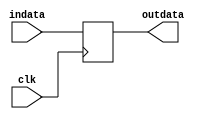
//
// Delay a signal by one clock...
//
module dly_signal #(
  parameter WIDTH = 1
)(
  input  wire             clk,
  input  wire [WIDTH-1:0] indata,
  output reg  [WIDTH-1:0] outdata
);
  always @(posedge clk) outdata <= indata;
endmodule

//
// Delay & Synchronizer pipelines...
//
module pipeline_stall #(
  parameter WIDTH = 1,
  parameter DELAY = 1
)(
  input  wire             clk,
  input  wire             reset,
  input  wire [WIDTH-1:0] datain,
  output wire [WIDTH-1:0] dataout
);
  reg [(WIDTH*DELAY)-1:0] dly_datain = 0;
  assign dataout = dly_datain[(WIDTH*DELAY)-1 : WIDTH*(DELAY-1)];
  always @ (posedge clk, posedge reset)
  if (reset) dly_datain <= 0;
  else       dly_datain <= {dly_datain, datain};
endmodule

//
// Two back to back flop's.  A full synchronizer (which XISE 
// will convert into a nice shift register using a single LUT)
// to sample asynchronous signals safely.
//
module full_synchronizer #(
  parameter WIDTH = 1
)(
  input  wire             clk,
  input  wire             reset,
  input  wire [WIDTH-1:0] datain,
  output wire [WIDTH-1:0] dataout
);
  pipeline_stall #(WIDTH,2) sync (clk, reset, datain, dataout);
endmodule

//
// Create a stretched synchronized reset pulse...
//
module reset_sync (
  input  wire clk,
  input  wire hardreset,
  output wire reset
);

reg [3:0] reset_reg = 4'hF;
assign reset = reset_reg[3];

always @ (posedge clk, posedge hardreset)
if (hardreset) reset_reg <= 4'hF;
else           reset_reg <= {reset_reg,1'b0};

endmodule